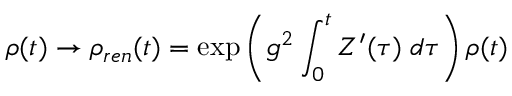
\rho ( t ) \rightarrow \rho _ { r e n } ( t ) = \exp \left( g ^ { 2 } \int _ { 0 } ^ { t } Z ^ { \prime } ( \tau ) \; d \tau \right) \rho ( t )